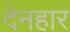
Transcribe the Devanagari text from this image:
देनहार